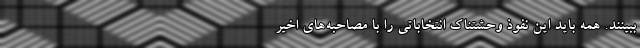
ببینند. همه باید این نفوذ وحشتناک انتخاباتی را با مصاحبه‌های اخیر